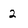
Character: 2